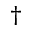
\dagger